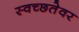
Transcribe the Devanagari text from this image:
स्वच्छतेवर